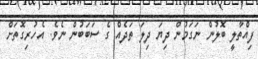
ފިއްތާލީ ބޮލުން ނަގަމުން ދިޔަ ދިލަ ތަދެއް ގެ ސަބަބުން ނެވެ. އެހުރިގޮތަށް